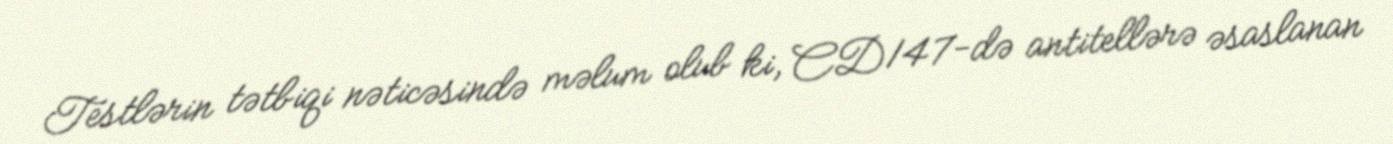
Testlərin tətbiqi nəticəsində məlum olub ki, CD147-də antitellərə əsaslanan